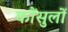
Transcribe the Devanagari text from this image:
कौंसुलों